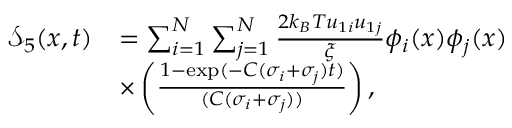
\begin{array} { r l } { \mathcal { S } _ { 5 } ( x , t ) } & { = \sum _ { i = 1 } ^ { N } \sum _ { j = 1 } ^ { N } \frac { 2 k _ { B } T u _ { 1 i } u _ { 1 j } } { \xi } \phi _ { i } ( x ) \phi _ { j } ( x ) } \\ & { \times \left( \frac { 1 - \exp ( - C ( \sigma _ { i } + \sigma _ { j } ) t ) } { ( C ( \sigma _ { i } + \sigma _ { j } ) ) } \right) , } \end{array}